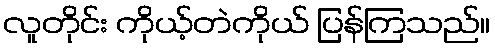
လူတိုင်း ကိုယ့်တဲကိုယ် ပြန်ကြသည်။